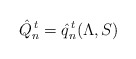
\begin{align*}\hat Q_n^{\,t}=\hat q_n^{\,t}(\Lambda,S)\end{align*}